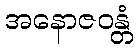
အနောဇဝန္တံ